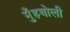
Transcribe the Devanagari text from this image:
मुँहबोली